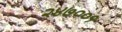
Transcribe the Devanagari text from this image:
२४७००१